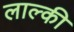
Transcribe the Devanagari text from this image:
लाल्की